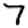
Digit: 7